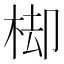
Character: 𣒗